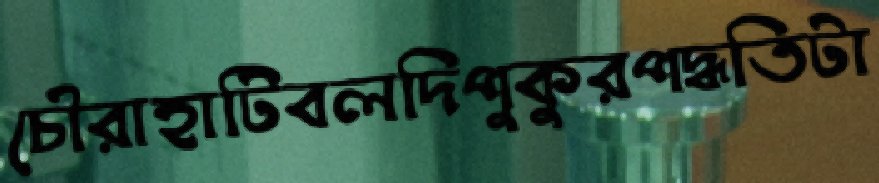
চৌরাহাটিবলদিপুকুরপদ্ধতিটা